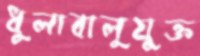
ধুলাবালুযুক্ত